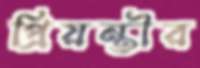
প্রিয়ন্তীর